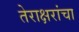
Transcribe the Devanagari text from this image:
तेराक्षरांचा